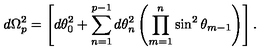
d \Omega _ { p } ^ { 2 } = \left[ d \theta _ { 0 } ^ { 2 } + \sum _ { n = 1 } ^ { p - 1 } d \theta _ { n } ^ { 2 } \left( \prod _ { m = 1 } ^ { n } \sin ^ { 2 } \theta _ { m - 1 } \right) \right] .